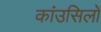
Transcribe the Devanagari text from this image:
कांउसिलों